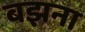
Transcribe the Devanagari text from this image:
बझना